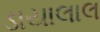
ડાયાલાલ